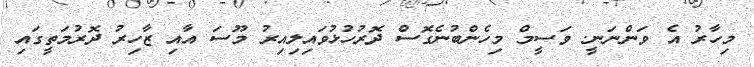
މިހާރު އެ ވަންނަނީ. ވަސީމް މިހެންބުނެގޮސް ދޮރުހުޅުވައިލިއިރު މޫސަ އާއި ޒާހިރު ދޮރުމަތީގައި